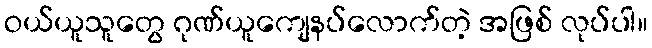
ဝယ်ယူသူတွေ ဂုဏ်ယူကျေနပ်လောက်တဲ့ အဖြစ် လုပ်ပါ။